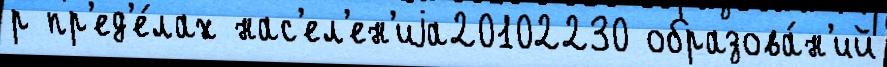
р пр'ед'е́лах нас'ел'ен'иjа20102230 образова́н'ий